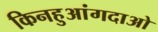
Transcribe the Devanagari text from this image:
किनहुआंगदाओ